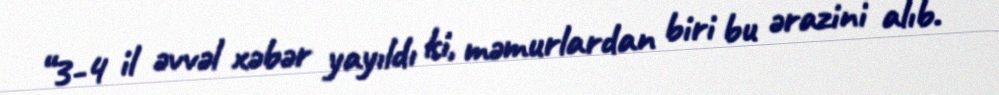
“3-4 il əvvəl xəbər yayıldı ki, məmurlardan biri bu ərazini alıb.